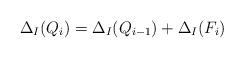
LaTeX: \begin{align*}\Delta_I(Q_i)=\Delta_I(Q_{i-1})+\Delta_I(F_i)\end{align*}